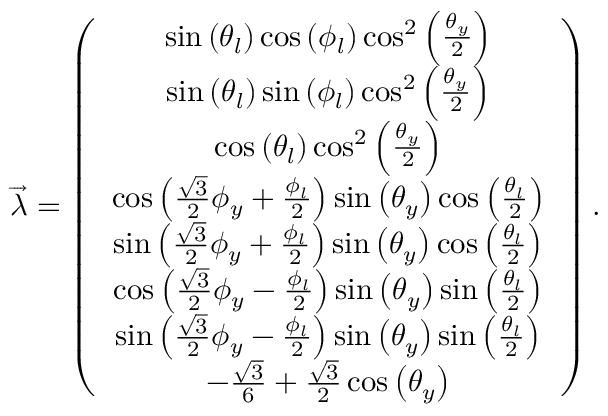
\begin{array} { r } { \overrightarrow { \lambda } = \left( \begin{array} { c } { \sin \left( \theta _ { l } \right) \cos \left( \phi _ { l } \right) \cos ^ { 2 } \left( \frac { \theta _ { y } } { 2 } \right) } \\ { \sin \left( \theta _ { l } \right) \sin \left( \phi _ { l } \right) \cos ^ { 2 } \left( \frac { \theta _ { y } } { 2 } \right) } \\ { \cos \left( \theta _ { l } \right) \cos ^ { 2 } \left( \frac { \theta _ { y } } { 2 } \right) } \\ { \cos \left( \frac { \sqrt { 3 } } { 2 } \phi _ { y } + \frac { \phi _ { l } } { 2 } \right) \sin \left( \theta _ { y } \right) \cos \left( \frac { \theta _ { l } } { 2 } \right) } \\ { \sin \left( \frac { \sqrt { 3 } } { 2 } \phi _ { y } + \frac { \phi _ { l } } { 2 } \right) \sin \left( \theta _ { y } \right) \cos \left( \frac { \theta _ { l } } { 2 } \right) } \\ { \cos \left( \frac { \sqrt { 3 } } { 2 } \phi _ { y } - \frac { \phi _ { l } } { 2 } \right) \sin \left( \theta _ { y } \right) \sin \left( \frac { \theta _ { l } } { 2 } \right) } \\ { \sin \left( \frac { \sqrt { 3 } } { 2 } \phi _ { y } - \frac { \phi _ { l } } { 2 } \right) \sin \left( \theta _ { y } \right) \sin \left( \frac { \theta _ { l } } { 2 } \right) } \\ { - \frac { \sqrt { 3 } } { 6 } + \frac { \sqrt { 3 } } { 2 } \cos \left( \theta _ { y } \right) } \end{array} \right) . } \end{array}